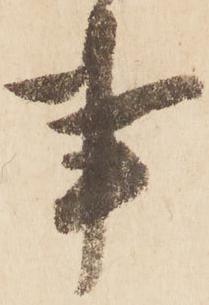
事